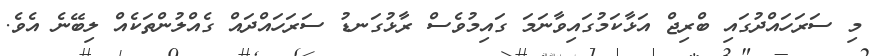
މި ސަރަހައްދުގައި ބްރިޖް އަޅާކަމުގައިވާނަމަ ގައިމުވެސް ރާޅުގަނޑު ސަރަހައްދައް ގެއްލުންތަކެއް ލިބޭނެ އެވެ.